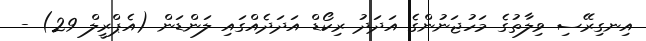
އިނގިރޭސި ވިލާތުގެ މަހުޖަނުންގެ އަދަދު ރިކޯޑް އަދަދެއްގައި ލަންޑަން (އެޕްރީލް 29) -